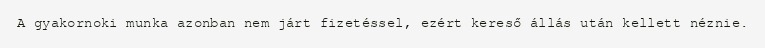
A gyakornoki munka azonban nem járt fizetéssel, ezért kereső állás után kellett néznie.